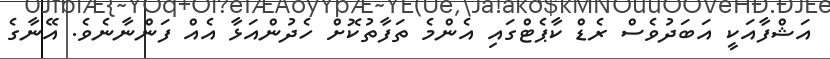
އަޝްފާއަކީ އަބަދުވެސް ރެޑް ކާޕެޓްގައި އެންމެ ތަފާތުކޮށް ހެދުންއަޅާ އެއް ފަންނާނެވެ. އޭނާގެ